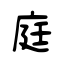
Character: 庭